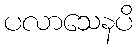
ပလာသေနပိ